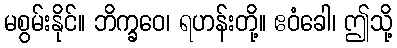
မစွမ်းနိုင်။ ဘိက္ခဝေ၊ ရဟန်းတို့။ ဧဝံခေါ၊ ဤသို့